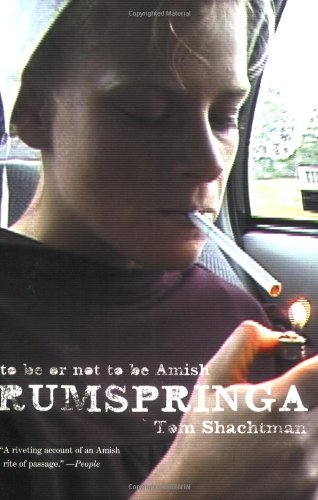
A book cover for Rumspringa: To Be or Not to Be Amish; Tom Shachtman; Christian Books & Bibles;